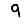
Digit: 9